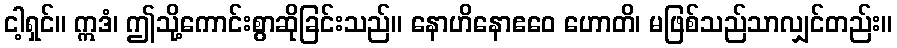
ငါ့ရှင်။ ဣဒံ၊ ဤသို့ကောင်းစွာဆိုခြင်းသည်။ နောဟိနောဧဝေ ဟောတိ၊ မဖြစ်သည်သာလျှင်တည်း။